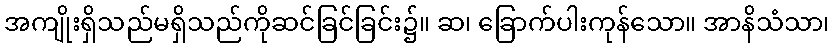
အကျိုးရှိသည်မရှိသည်ကိုဆင်ခြင်ခြင်း၌။ ဆ၊ ခြောက်ပါးကုန်သော။ အာနိသံသာ၊